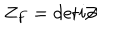
Z _ { F } = \mathrm { d e t } i \! \! \not \! \partial